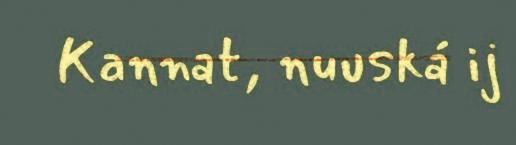
Kannat, nuuská ij